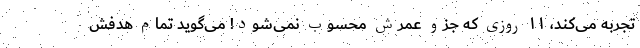
تجربه می‌کند، ۱۱ روزی که جزو عمرش محسوب نمی‌شود! می‌گوید تمام هدفش